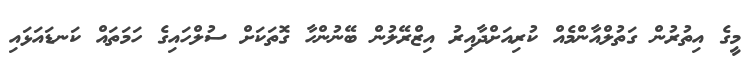
މީގެ އިތުރުން ގަތުލްއާންމެއް ކުރިއަށްދާއިރު އިޒްރޭލުން ބޭނުންހާ ގޮތަކަށް ސުލްހައިގެ ހަމަތައް ކަނޑައަޅައި